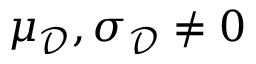
\mu _ { \mathscr D } , \sigma _ { \mathscr D } \neq 0